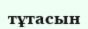
тұтасын